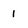
Character: 1